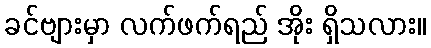
ခင်ဗျားမှာ လက်ဖက်ရည် အိုး ရှိသလား။